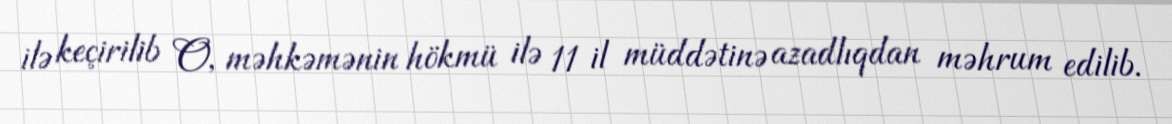
ilə keçirilib O, məhkəmənin hökmü ilə 11 il müddətinə azadlıqdan məhrum edilib.